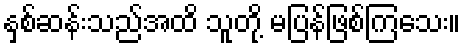
နှစ်ဆန်းသည်အထိ သူတို့ မပြန်ဖြစ်ကြသေး။